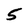
Character: 5